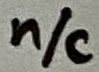
Text: n/c